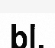
bl.